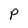
Character: P